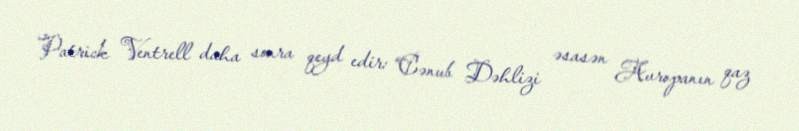
Patrick Ventrell daha sonra qeyd edir: “Cənub Dəhlizi əsasən Avropanın qaz